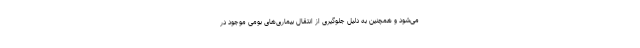
می‌شود و همچنین به دلیل جلوگیری از انتقال بیماری‌های بومی موجود در